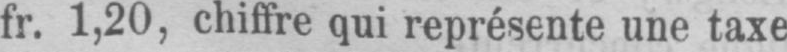
fr. 1,20, chiffre qui représente une taxe